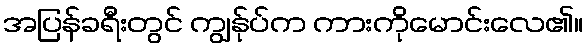
အပြန်ခရီးတွင် ကျွန်ုပ်က ကားကိုမောင်းလေ၏။